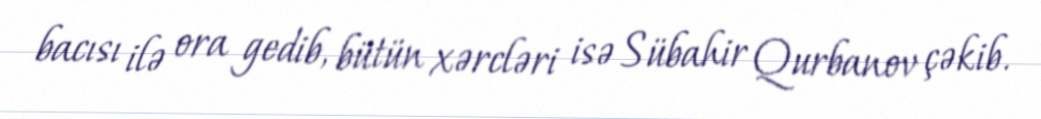
bacısı ilə ora gedib, bütün xərcləri isə Sübahir Qurbanov çəkib.